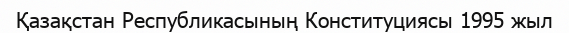
Қазақстан Республикасының Конституциясы 1995 жыл